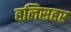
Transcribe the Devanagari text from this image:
हलिसहर